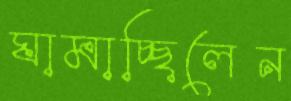
ঘামাচ্ছিলেন